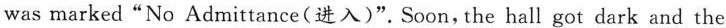
was marked“No Admittance(进入)". Soon，the hall got dark and the